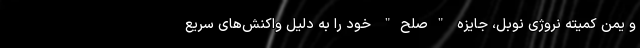
و یمن کمیته نروژی نوبل، جایزه "صلح" خود را به دلیل واکنش‌های سریع